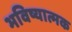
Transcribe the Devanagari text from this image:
भविष्यात्मक